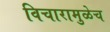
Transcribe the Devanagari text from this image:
विचारामुळेच